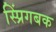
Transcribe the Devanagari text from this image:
स्प्रिंगबक